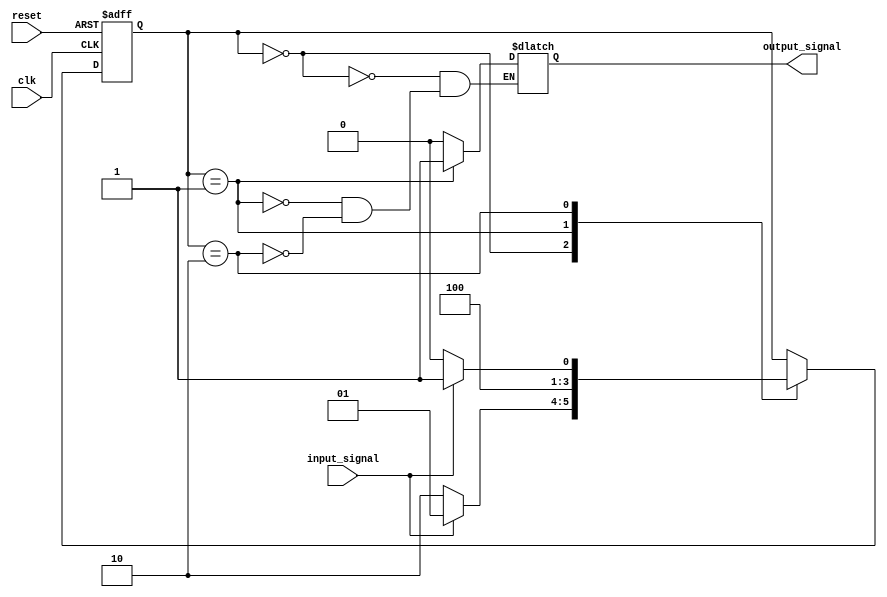
module MooreStateMachine (
    input wire clk,
    input wire reset,
    input wire input_signal,
    output reg output_signal
);

// Define states
parameter S0 = 2'b00;
parameter S1 = 2'b01;
parameter S2 = 2'b10;

// Define state register
reg [1:0] state_reg;
always @(posedge clk or posedge reset) begin
    if (reset) begin
        state_reg <= S0;
    end else begin
        case(state_reg)
            S0: begin
                if (input_signal) begin
                    state_reg <= S1;
                end else begin
                    state_reg <= S2;
                end
            end
            S1: begin
                state_reg <= S2;
            end
            S2: begin
                if (input_signal) begin
                    state_reg <= S1;
                end else begin
                    state_reg <= S0;
                end
            end
        endcase
    end
end

// Generate outputs based on current state
always @(state_reg) begin
    case(state_reg)
        S0: output_signal <= 1'b0;
        S1: output_signal <= 1'b1;
        S2: output_signal <= 1'b0;
    endcase
end

endmodule